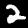
Label: 2